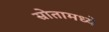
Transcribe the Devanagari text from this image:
स्रोतामध्ये